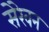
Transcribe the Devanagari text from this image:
सेरेवन